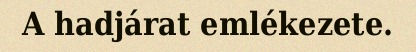
A hadjárat emlékezete.